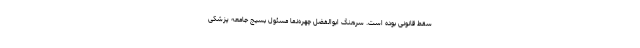
سقط قانونی بوده است. سرهنگ ابوالفضل چهره‌نما مسئول بسیج جامعه پزشکی